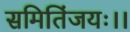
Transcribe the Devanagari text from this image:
समितिंजयः।।